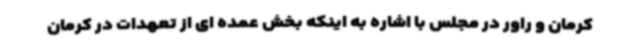
کرمان و راور در مجلس با اشاره به اینکه بخش عمده ای از تعهدات در کرمان